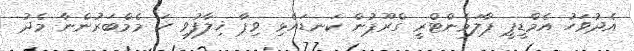
އެދުވަހު އެމްޑީޕީ ޕާލަމެންޓްރީ ގްރޫޕުން ކަނޑައެޅި ވިޕާ ޚިލާފުވި ހަ މެމްބަރުންނާ މެދު